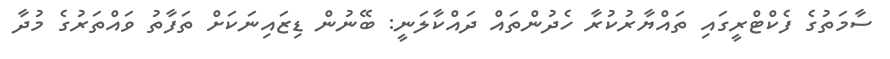
ސާމަތުގެ ފެކްޓްރީގައި ތައްޔާރުކުރާ ހެދުންތައް ދައްކާލަނީ: ބޭނުން ޑިޒައިނަކަށް ތަފާތު ވައްތަރުގެ މުދާ